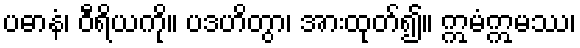
ပဓာနံ၊ ဝီရိယကို။ ပဒဟိတွာ၊ အားထုတ်၍။ ဣမံဣမဿ၊